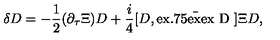
{ \delta } D = - { \frac { 1 } { 2 } } ( \partial _ { \tau } \Xi ) D + { \frac { i } { 4 } } [ D , \bar { \mathrm { \raisebox { 0 e x } [ 1 . 7 5 e x ] [ 0 e x ] { D } } } ] { \Xi } D ,